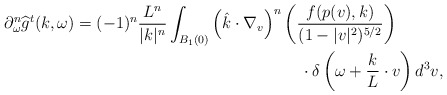
\begin{align*}\partial_{\omega}^n\widehat{g}^{t}(k,\omega) = (-1)^n\frac{L^{n}}{|k|^{n}}\int_{B_1(0)} \left(\hat{k}\cdot \nabla_v\right)^n&\left(\frac{f(p(v),k)}{(1-|v|^2)^{5/2}}\right) \\ &\;\;\;\;\cdot\delta\left(\omega + \frac{k}{L} \cdot v \right)d^3v,\end{align*}